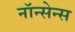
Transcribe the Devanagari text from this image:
नॉन्सेन्स